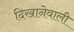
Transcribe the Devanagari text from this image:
दिखानेवाली